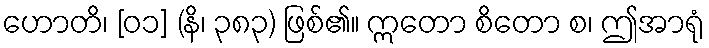
ဟောတိ၊ [၀၁] (နိ၊ ၃၈၃) ဖြစ်၏။ ဣတော စိတော စ၊ ဤအာရုံ